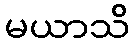
မယာသိ